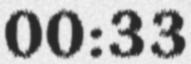
00:33